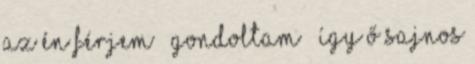
az én férjem – gondoltam – így ő sajnos